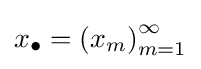
x_{\bullet }=\left(x_{m}\right)_{m=1}^{\infty }